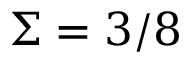
\Sigma = 3 / 8